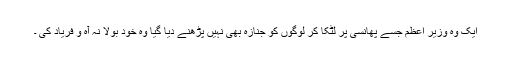
ایک وہ وزیر اعظم جسے پھانسی پر لٹکا کر لوگوں کو جنازہ بھی نہیں پڑھنے دیا گیا وہ خود بولا نہ آہ و فریاد کی ۔